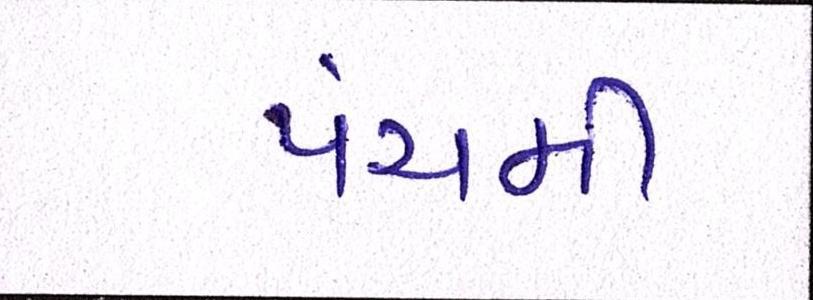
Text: પંચમી